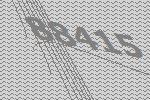
88415